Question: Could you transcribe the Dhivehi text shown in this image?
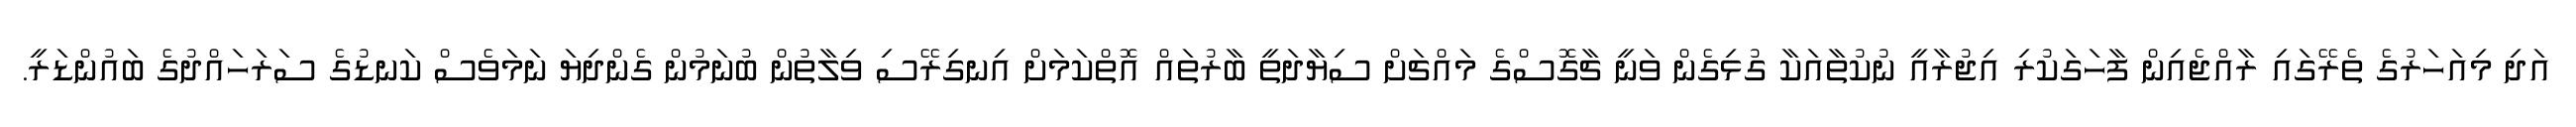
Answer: އަދި މިއަހަރުގެ ތެރޭގައި ރާއްޖެއިން ފާހަގަކުރި އިޖުރާއީ ނުކުތާއަކާ ގުޅިގެން ވަނީ ޗާގޮސްގެ މައްޗަށް ސިޔާދަތީ ބާރުތައް އޮތްކަމަށް އިނގިރޭސި ވިލާތުން ބުނަމުން ގެންދިޔަ ނަމަވެސް ކަނޑުގެ ސަރަހައްދުގެ ބައުންޑަރީ.